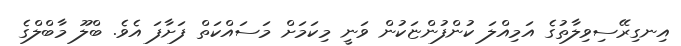
އިނގިރޭސިވިލާތުގެ އަމިއްލަ ކުންފުންޏަކުން ވަނީ މިކަމަށް މަސައްކަތް ފަށާފަ އެވެ. ބްލޫ މާބްލްގެ